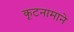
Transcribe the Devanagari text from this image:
कूटनामाने